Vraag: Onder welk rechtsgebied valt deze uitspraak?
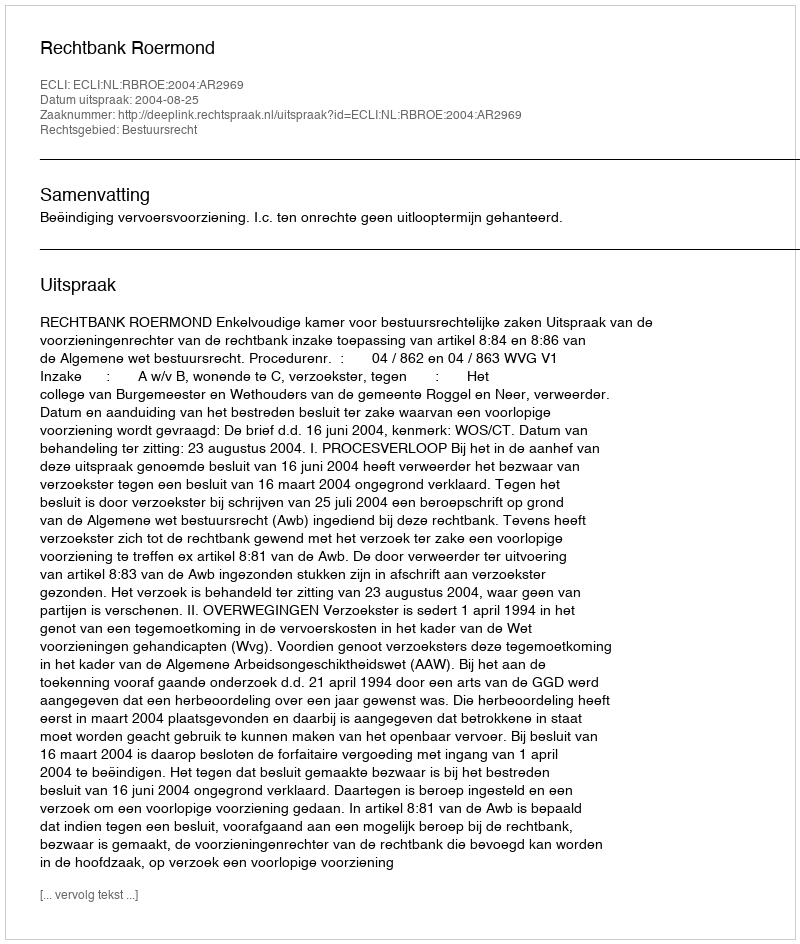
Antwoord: Bestuursrecht